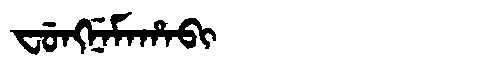
Manchu: ᠸᡠᠩᠨᡝᠮᠠᡥᠠᠪᡳ
Romanization: FUNGNEMAHABI